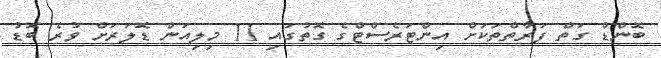
ބޮންޑް ގަތް ފަރާތްތަކަށް އިންޓަރެސްޓްގެ ގޮތުގައި 11 މިލިއަން ޑޮލަރަށް ވުރެ ބޮޑު